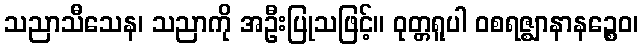
သညာသီသေန၊ သညာကို အဦးပြုသဖြင့်။ ဝုတ္တရူပါ ဝစရဇ္ဈာနာနဉ္စေဝ၊